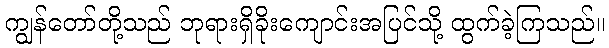
ကျွန်တော်တို့သည် ဘုရားရှိခိုးကျောင်းအပြင်သို့ ထွက်ခဲ့ကြသည်။